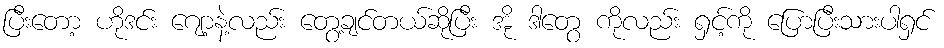
ပြီးတော့ ဟိုဒင်း ဂျော့နဲ့လည်း တွေ့ချင်တယ်ဆိုပြီး အို ဒါတွေ ကိုလည်း ရှင့်ကို ပြောပြီးသားပါရှင်